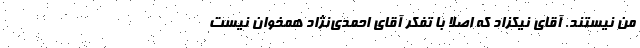
من نیستند. آقای نیکزاد که اصلا با تفکر آقای احمدی‌نژاد همخوان نیست